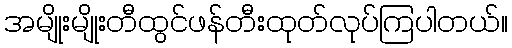
အမျိုးမျိုးတီထွင်ဖန်တီးထုတ်လုပ်ကြပါတယ်။